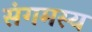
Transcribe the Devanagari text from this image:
संगमस्य